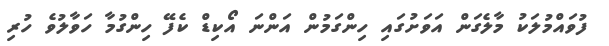
ފުވައްމުލަކު މާލެގަން އަވަށުގައި ހިންގަމުން އަންނަ އޯކިޑް ކެފޭ ހިންގުމާ ހަވާލުވެ ހުރި